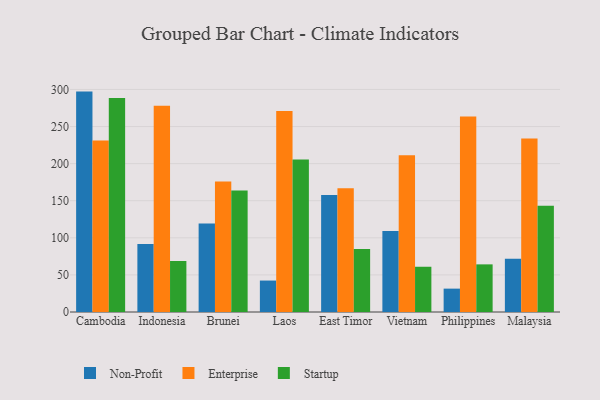
{"axis": {"x": "Country", "y": "Energy Usage (MWh)"}, "legend": ["Enterprise", "Non-Profit", "Startup"], "data": [{"x": "Cambodia", "y": 297.1, "type": "Non-Profit"}, {"x": "Cambodia", "y": 231.3, "type": "Enterprise"}, {"x": "Cambodia", "y": 288.5, "type": "Startup"}, {"x": "Indonesia", "y": 91.8, "type": "Non-Profit"}, {"x": "Indonesia", "y": 278.1, "type": "Enterprise"}, {"x": "Indonesia", "y": 68.8, "type": "Startup"}, {"x": "Brunei", "y": 119.4, "type": "Non-Profit"}, {"x": "Brunei", "y": 175.8, "type": "Enterprise"}, {"x": "Brunei", "y": 163.8, "type": "Startup"}, {"x": "Laos", "y": 42.4, "type": "Non-Profit"}, {"x": "Laos", "y": 270.9, "type": "Enterprise"}, {"x": "Laos", "y": 205.5, "type": "Startup"}, {"x": "East Timor", "y": 157.8, "type": "Non-Profit"}, {"x": "East Timor", "y": 166.9, "type": "Enterprise"}, {"x": "East Timor", "y": 84.8, "type": "Startup"}, {"x": "Vietnam", "y": 109.3, "type": "Non-Profit"}, {"x": "Vietnam", "y": 211.2, "type": "Enterprise"}, {"x": "Vietnam", "y": 61.0, "type": "Startup"}, {"x": "Philippines", "y": 31.5, "type": "Non-Profit"}, {"x": "Philippines", "y": 263.7, "type": "Enterprise"}, {"x": "Philippines", "y": 64.2, "type": "Startup"}, {"x": "Malaysia", "y": 71.8, "type": "Non-Profit"}, {"x": "Malaysia", "y": 233.9, "type": "Enterprise"}, {"x": "Malaysia", "y": 143.3, "type": "Startup"}]}